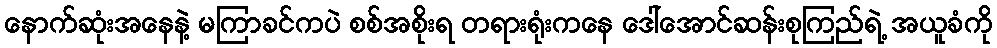
နောက်ဆုံးအနေနဲ့ မကြာခင်ကပဲ စစ်အစိုးရ တရားရုံးကနေ ဒေါ်အောင်ဆန်းစုကြည်ရဲ့ အယူခံကို